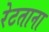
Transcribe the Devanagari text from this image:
रेटताना